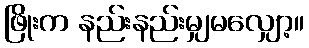
ဖြိုးက နည်းနည်းမျှမလျှော့။